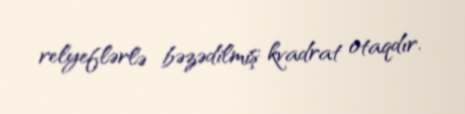
relyeflərlə bəzədilmiş kvadrat otaqdır.